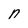
Character: n